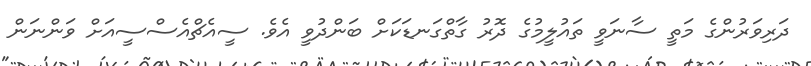
ދަރިވަރުންގެ މަތީ ސާނަވީ ތައުލީމުގެ ދޮރު ގާތްގަނޑަކަށް ބަންދުވީ އެވެ. ސީއެޗްއެސްސީއަށް ވަންނަން